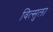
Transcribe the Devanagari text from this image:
वित्सुला